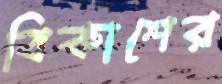
বিকাশের